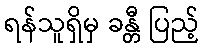
ရန်သူရှိမှ ခန္တီ ပြည့်